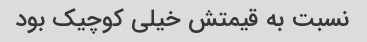
نسبت به قیمتش خیلی کوچیک بود